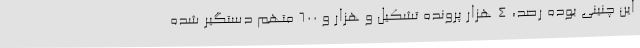
این چنینی بوده رصد، ۴ هزار پرونده تشکیل و هزار و ۶۰۰ متهم دستگیر شده